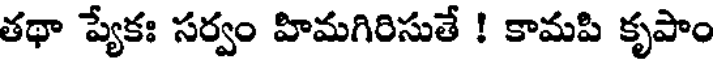
తథా ప్యేకః సర్వం హిమగిరిసుతే ! కామపి కృపాం